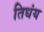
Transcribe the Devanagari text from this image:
तिधंय